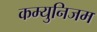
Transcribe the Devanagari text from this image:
कम्युनिजम